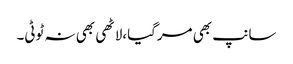
سانپ بھی مرگیا،لاٹھی بھی نہ ٹوٹی۔